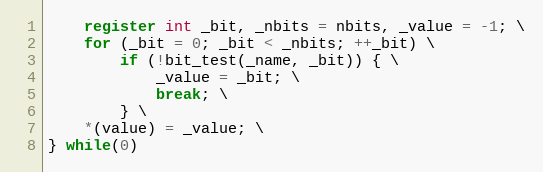
Language: C
	register int _bit, _nbits = nbits, _value = -1; \
	for (_bit = 0; _bit < _nbits; ++_bit) \
		if (!bit_test(_name, _bit)) { \
			_value = _bit; \
			break; \
		} \
	*(value) = _value; \
} while(0)